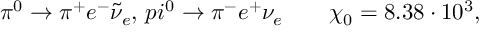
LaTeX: \pi ^ { 0 } \rightarrow \pi ^ { + } e ^ { - } \tilde { \nu } _ { e } , \, p i ^ { 0 } \rightarrow \pi ^ { - } e ^ { + } \nu _ { e } \qquad \chi _ { 0 } = 8 . 3 8 \cdot 1 0 ^ { 3 } ,